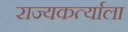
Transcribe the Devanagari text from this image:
राज्यकर्त्याला